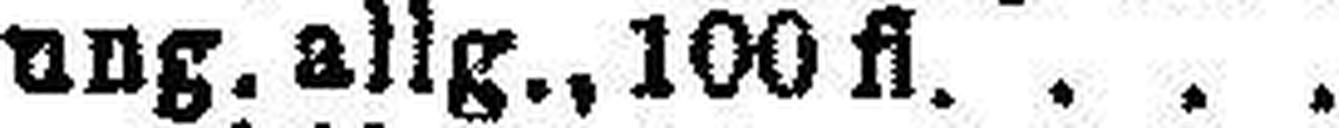
„ ung. allg., 100 fl.